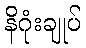
နိဂုံးချုပ်